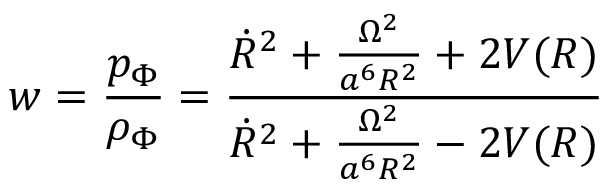
w = \frac { p _ { \Phi } } { \rho _ { \Phi } } = \frac { \dot { R } ^ { 2 } + \frac { \Omega ^ { 2 } } { a ^ { 6 } R ^ { 2 } } + 2 V ( R ) } { \dot { R } ^ { 2 } + \frac { \Omega ^ { 2 } } { a ^ { 6 } R ^ { 2 } } - 2 V ( R ) }